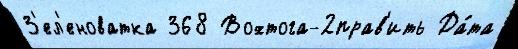
З'ел'еноватка 368 Вохтога-2прав'ить Да́та